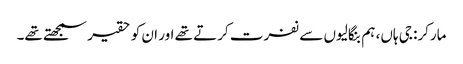
مارکر: جی ہاں، ہم بنگالیوں سے نفرت کرتے تھے اور ان کو حقیر سمجھتے تھے۔